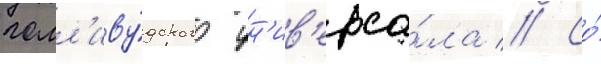
голл'иву́дского ун'ив'ерса́ла // Со́